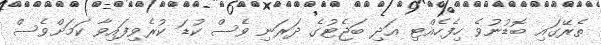
ތެރޭގައި ބޮޑުނުވެ ހިފެހެއްޓި އަދި ބަޖެޓުގެ ދަރަނި ވެސް ކުޑަ ކުރެވިފައިވާ ކަމަށްވެސް